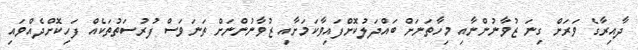
ދާއިރާގެ ވަރަށް ގިނަ ޒުވާނުންނާއި މިހާތަނަށް ބައްދަލުކޮށްފައިވާކަމަށާއި ޒުވާނުންނަށް ތަނަވަސް ފުރުސަތުތަކެއް ފަހިކޮށްދެއްވައި